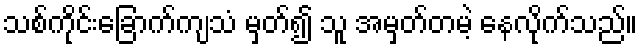
သစ်ကိုင်းခြောက်ကျသံ မှတ်၍ သူ အမှတ်တမဲ့ နေလိုက်သည်။